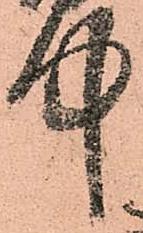
中